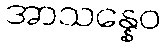
အာသန္နေဝ